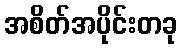
အစိတ်အပိုင်းတခု